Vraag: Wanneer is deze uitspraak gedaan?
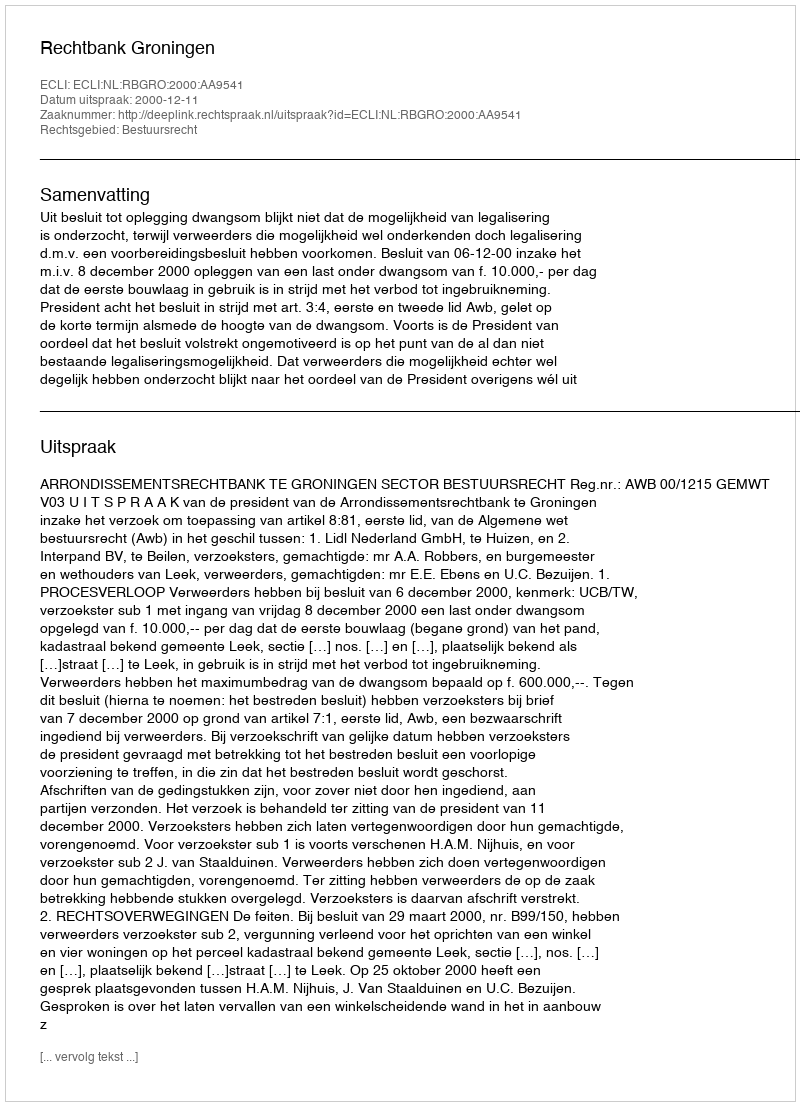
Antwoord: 2000-12-11